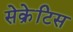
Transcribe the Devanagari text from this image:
सेक्रेटिस